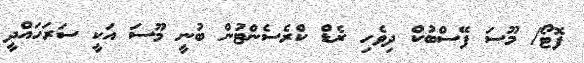
ފޮޓޯ/ މޫސަ ފޭސްބުކް ދިވެހި ރެޑް ކްރެސެންޓުން ބުނީ މޫސަ އަކީ ސަރަހައްދީ